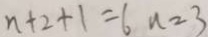
n + 2 + 1 = 6 n = 3